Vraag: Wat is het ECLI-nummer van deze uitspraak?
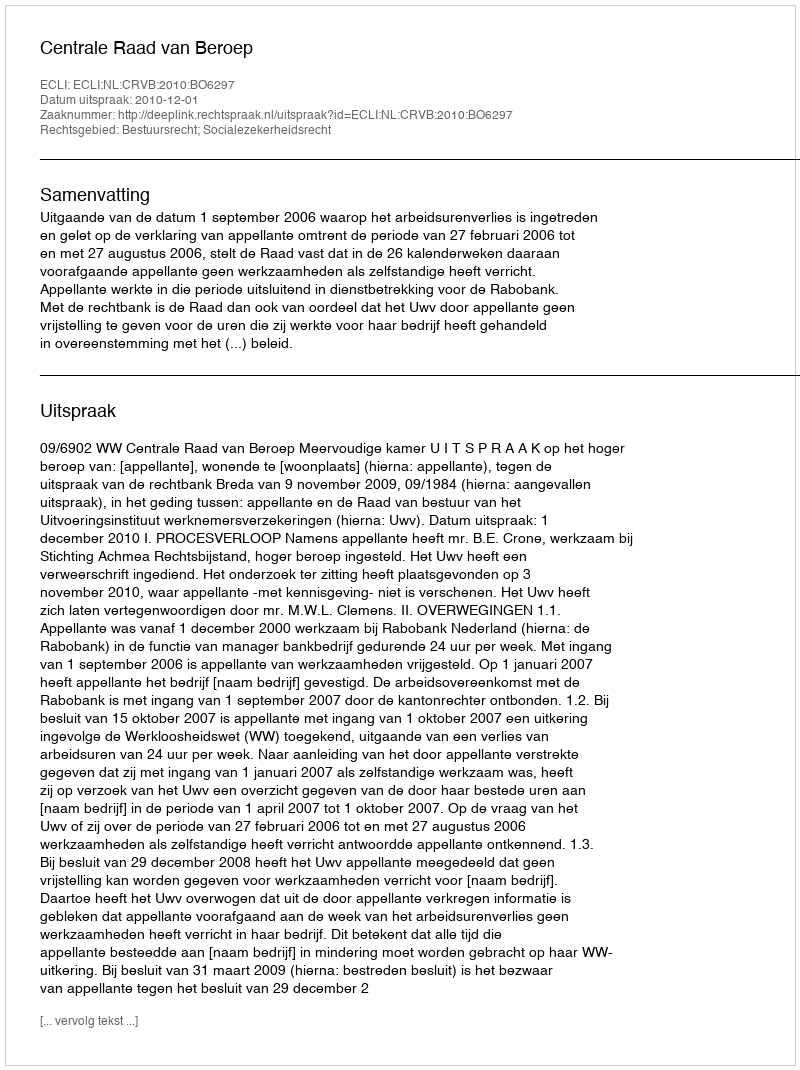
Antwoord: ECLI:NL:CRVB:2010:BO6297